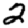
Digit: 2